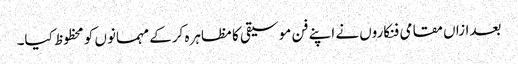
بعدازاں مقامی فنکاروں نے اپنے فن موسیقی کا مظاہرہ کرکے مہمانوں کو محظوظ کیا۔